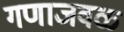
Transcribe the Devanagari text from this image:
गणाजवळ